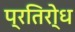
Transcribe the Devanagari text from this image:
प्रतिरो्ध